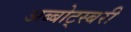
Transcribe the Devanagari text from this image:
अब्बोट्स्बरी